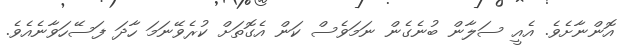
އޮންނާށެވެ. އެއީ ސަލާން ބުނެގެން ނަމަވެސް ކަން އެގޮތަށް ކުރެވޭނަމަ ހާދަ ފަސޭހަވާނެއެވެ.